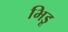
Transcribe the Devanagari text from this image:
भिडू